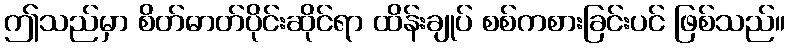
ဤသည်မှာ စိတ်ဓာတ်ပိုင်းဆိုင်ရာ ထိန်းချုပ် စစ်ကစားခြင်းပင် ဖြစ်သည်။